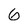
Character: 6